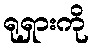
ရုရှားကို